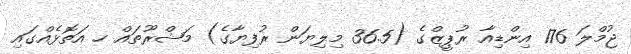
ޖުމްލަ 176 އިންޑިއާ ރުޕީޒްގެ (36.5 މިލިޔަން ރުފިޔާގެ) މަޝްރޫތައް ހ އަތޮޅެއްގައި